Report of the Municipal Commissioner on the plague in Bombay for the year ending 31st May... - Volume 1
Disease focus: Plague
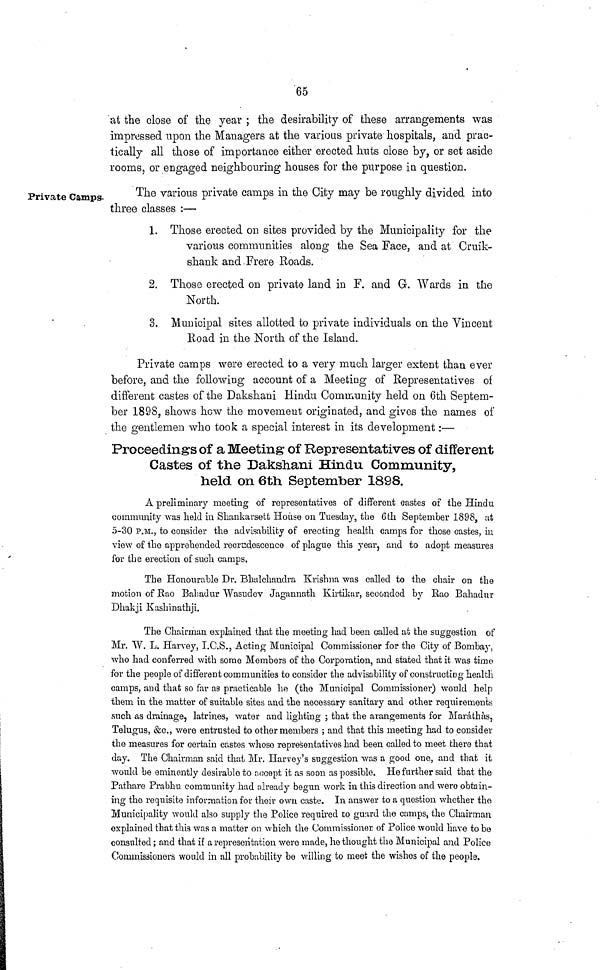
65
Private Camps-
at the close of the year ; the desirability of these arrangements was
impressed upon the Managers at the various private hospitals, and prac-
tically all those of importance either erected huts close by, or set aside
rooms, or engaged neighbouring houses for the purpose in question.
The various private camps in the City may be roughly divided into
three classes :—
1. Those erected on sites provided by the Municipality for the
various communities along the Sea Face, and at Cruik-
shank and Frere Roads.
2. Those erected on private land in F. and G. Wards in the
North.
3. Municipal sites allotted to private individuals on the Vincent
Road in the North of the Island.
Private camps were erected to a very much larger extent than ever
before, and the following account of a Meeting of Representatives of
different castes of the Dakshani Hindu Community held on 6th Septem-
ber 1898, shows how the movement originated, and gives the names of
the gentlemen who took a special interest in its development :—
Proceedings of a Meeting of Representatives of different
Castes of the Dakshani Hindu Community,
held on 6th September 1898.
A preliminary meeting of representatives of different castes of the Hindu
community was held in Shankarsett House on Tuesday, the 6th September 1898, at
5-30 P.M., to consider the advisability of erecting health camps for those castes, in
view of the apprehended recrudescence of plague this year, and to adopt measures
for the erection of such camps.
The Honourable Dr. Bhalchandra Krishna was called to the chair on the
motion of Rao Bahadur Wasudev Jagnnnath Kirtikar, seconded by Rao Bahadur
Dhakji Kashinathji.
The Chairman explained that the meeting had been called at the suggestion of
Mr. W. L. Harvey, I.C.S., Acting Municipal Commissioner for the City of Bombay,
who had conferred with some Members of the Corporation, and stated that it was time
for the people of different communities to consider the advisability of constructing health
camps, and that so far as practicable he (the Municipal Commissioner) would help
them in the matter of suitable sites and the necessary sanitary and other requirements
such as drainage, latrines, water and lighting ; that the arangements for Marathas,
Telugus, &c., were entrusted to other members ; and that this meeting had to consider
the measures for certain castes whoso representatives had been called to meet there that
day. The Chairman said that Mr. Harvey's suggestion was a good one, and that it
would be eminently desirable to accopt it as soon as possible. He farther said that the
Pathare Prabhu community had already begun work in this direction and wero obtain-
ing the requisite information for their own caste. In answer to a question whether the
Municipality would also supply the Police required to guard the camps, the Chairman
explained that this was a matter on which the Commissioner, of Police would have to be
consulted ; and that if a representation were made, he thought the Municipal and Police
Commissioners would in all probability be willing to meet the wishes of the people.